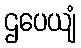
ဌပေယျံ